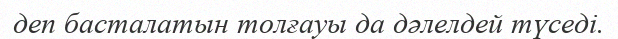
деп басталатын толғауы да дәлелдей түседі.